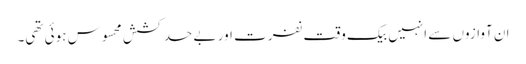
ان آوازوں سے انہیں بیک وقت نفرت اور بے حد کشش محسوس ہوئی تھی۔